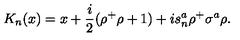
K _ { n } ( x ) = x + \frac { i } { 2 } ( \rho ^ { + } \rho + 1 ) + i s _ { n } ^ { a } \rho ^ { + } \sigma ^ { a } \rho .